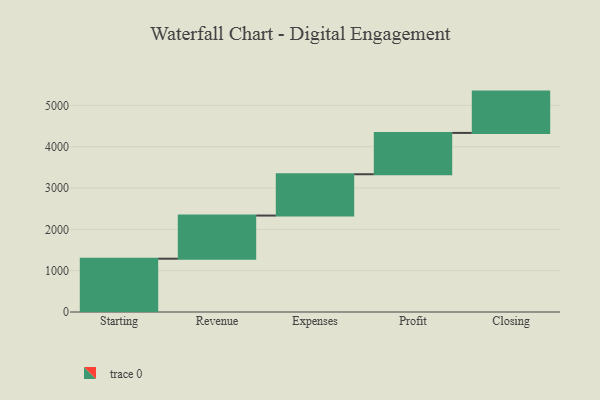
{"axis": {"x": "Step", "y": "Value"}, "legend": [""], "data": [{"x": "Starting", "y": 1290.0, "type": ""}, {"x": "Revenue", "y": 1044.0, "type": ""}, {"x": "Expenses", "y": 1000, "type": ""}, {"x": "Profit", "y": 1000, "type": ""}, {"x": "Closing", "y": 1000, "type": ""}]}